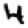
Digit: 4